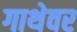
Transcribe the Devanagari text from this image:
गाथेवर